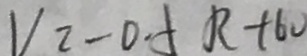
V _ { 2 } - 0 . 5 R + 6 V